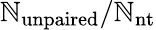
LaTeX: \mathbb{N}_{\mathrm{{unpaired}}}/\mathbb{N}_{\mathrm{{nt}}}